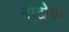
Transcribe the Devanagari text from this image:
नाटोचा